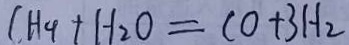
C H _ { 4 } + H _ { 2 } O = C 0 + 3 H _ { 2 }